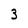
Character: 3